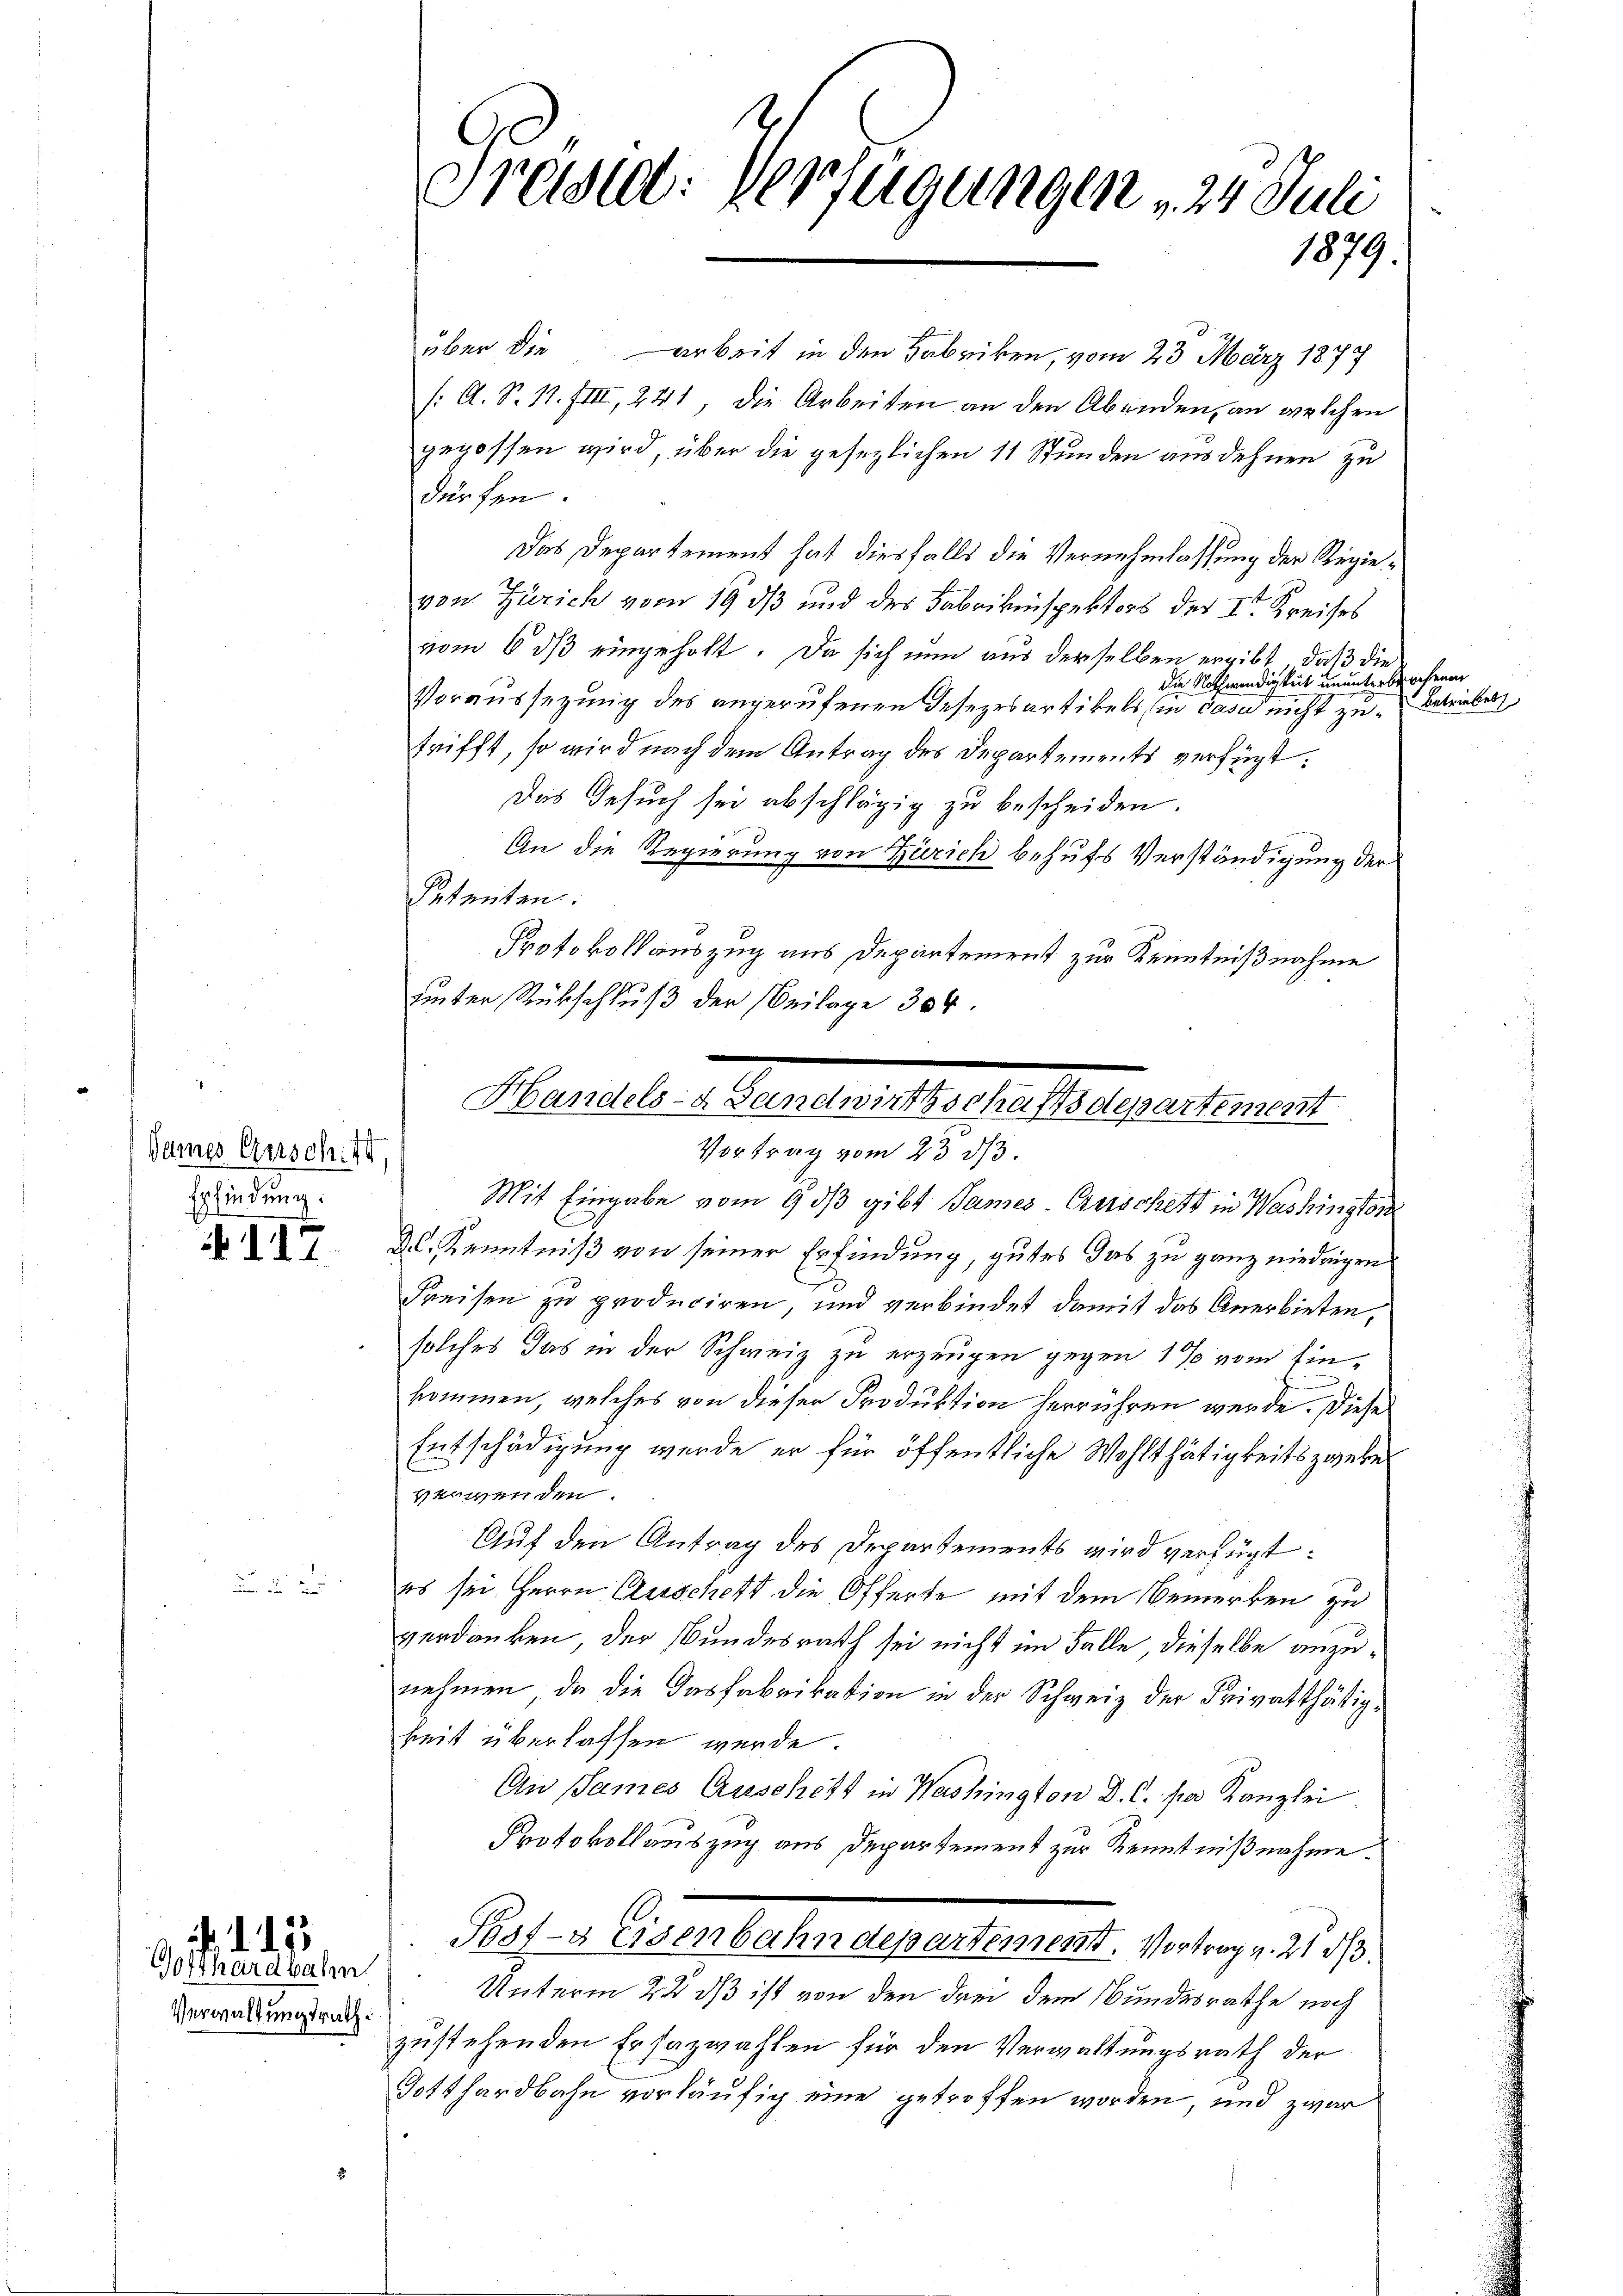
Dames Gesch 40,
Epfindung:

117.

. . . 2

Gotthardbalm
Verwaltungsrath:

Präsid. Verfügungen 24. Juli
1879.

über die arbeit in den Fabriken, vom 23. März 1877
/: A. S. N. VIII, 241, die Arbeiten an den Abenden, an welchen
gegossen wird, über die gesezlichen 11 Stunden ausdehnen zu
dürfen.
Das Departement hat diesfalls die Vernehmlassung der Regievon Zürich vom 19. ds und des Fabrikinspektors der I. Kreises
vom 6 dß eingeholt. Da sich nun aus derselben ergibt, daß die
die Nothwendigkeit ununterbrechenen
Voraussezung des angerufenen Gesezesartikels (in casu nicht betriebes
trifft, so wird nach dem Antrag des Departements verfügt:
Das Gesuch sei abschlägig zu bescheiden.
An die Regierung von Zürich behufs Verständigung der
Stenten.
Protokollauszug aus Departement zur Kenntnißnahme
uinter Rückschluß der Beilage 304.
Mit Eingabe vom 9. dβ gibt James Geschett in Washington
Dl. Kenntniß von seiner Erfindung, gutes das zu ganz niedrigend
Preisen zu produciren, und verbindet damit das Anerbieten,
solches das in der Schweiz zu erzeugen gegen 1 % vom Einkommen, welches von dieser Produktion herrühren werde. Diese
Entschädigung werde er für öffentliche Wohlthätigkeits zweke
verwenden.
Auf den Antrag des Departements wird verfügt:
es sei Herrn Erschaft die Offerte mit dem Bemerken zu
verdanken, der Bundesrath sei nicht im Falle, dieselbe anzunehmen, da die dasfabrikation in der Schweiz der Privatthätigkeit überlassen werde.
Au Sames Auschitt in Washingten D. C. pr. Kanzlei
Protokollauszug aus Departement zur Kenntnißnahme.
Post-3 Eisenbahndepartement. Vortrag v. 21 d
Unterm 22 dß ist von den drei dem Bundesrathe noch
zustehenden Ersazwahlen für den Verwaltungsrath der
Gotthardbahn vorläufig eine getroffen worden, und zwar

Harale Aenden erhalbergestehen
Vortrag vom 23 1/3.